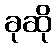
ခုဆို